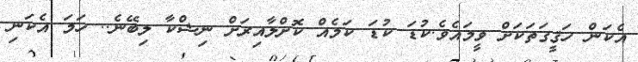
އެކަން ހަޤީގަތަކަށް ވީމައެވެ.ކުޑަ ކުޑަ ކަމެއް ކޮށްލާއިރަށް ނިޝްކާ ލިބޭނެ.. ހަމަ އެކަނި